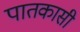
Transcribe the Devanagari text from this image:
पातकासी